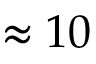
\approx 1 0